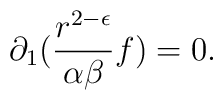
\partial_1 ( \frac{r^{2- \epsilon}}{\alpha \beta} f ) = 0 .